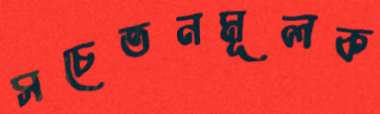
সচেতনমূলক